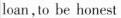
loan,to be honest